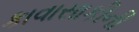
કાવાસાકીની